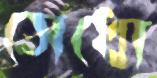
সেধো